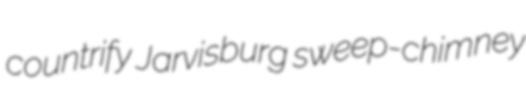
countrify Jarvisburg sweep-chimney